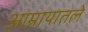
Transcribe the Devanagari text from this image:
आम्नायातले